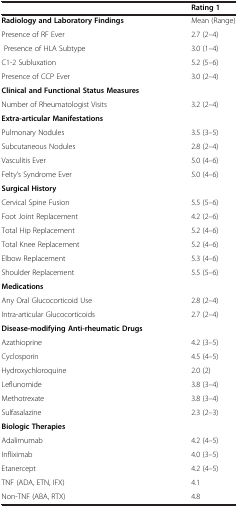
<table><thead><tr><td><b> </b></td><td><b>Rating 1</b></td></tr></thead><tbody><tr><td><b>Radiology and Laboratory Findings</b></td><td>Mean (Range)</td></tr><tr><td>Presence of RF Ever</td><td>2.7 (2–4)</td></tr><tr><td> Presence of HLA Subtype</td><td>3.0 (1–4)</td></tr><tr><td>C1-2 Subluxation</td><td>5.2 (5–6)</td></tr><tr><td>Presence of CCP Ever</td><td>3.0 (2–4)</td></tr><tr><td><b>Clinical and Functional Status Measures</b></td><td> </td></tr><tr><td>Number of Rheumatologist Visits</td><td>3.2 (2–4)</td></tr><tr><td><b>Extra-articular Manifestations</b></td><td> </td></tr><tr><td>Pulmonary Nodules</td><td>3.5 (3–5)</td></tr><tr><td>Subcutaneous Nodules</td><td>2.8 (2–4)</td></tr><tr><td>Vasculitis Ever</td><td>5.0 (4–6)</td></tr><tr><td>Felty&#x27;s Syndrome Ever</td><td>5.0 (4–6)</td></tr><tr><td><b>Surgical History</b></td><td> </td></tr><tr><td>Cervical Spine Fusion</td><td>5.5 (5–6)</td></tr><tr><td>Foot Joint Replacement</td><td>4.2 (2–6)</td></tr><tr><td>Total Hip Replacement</td><td>5.2 (4–6)</td></tr><tr><td>Total Knee Replacement</td><td>5.2 (4–6)</td></tr><tr><td>Elbow Replacement</td><td>5.3 (4–6)</td></tr><tr><td>Shoulder Replacement</td><td>5.5 (5–6)</td></tr><tr><td><b>Medications</b></td><td> </td></tr><tr><td>Any Oral Glucocorticoid Use</td><td>2.8 (2–4)</td></tr><tr><td>Intra-articular Glucocorticoids</td><td>2.7 (2–4)</td></tr><tr><td><b>Disease-modifying Anti-rheumatic Drugs</b></td><td> </td></tr><tr><td>Azathioprine</td><td>4.2 (3–5)</td></tr><tr><td>Cyclosporin</td><td>4.5 (4–5)</td></tr><tr><td>Hydroxychloroquine</td><td>2.0 (2)</td></tr><tr><td>Leflunomide</td><td>3.8 (3–4)</td></tr><tr><td>Methotrexate</td><td>3.8 (3–4)</td></tr><tr><td>Sulfasalazine</td><td>2.3 (2–3)</td></tr><tr><td><b>Biologic Therapies</b></td><td> </td></tr><tr><td>Adalimumab</td><td>4.2 (4–5)</td></tr><tr><td>Infliximab</td><td>4.0 (3–5)</td></tr><tr><td>Etanercept</td><td>4.2 (4–5)</td></tr><tr><td>TNF (ADA, ETN, IFX)</td><td>4.1</td></tr><tr><td>Non-TNF (ABA, RTX)</td><td>4.8</td></tr></tbody></table>